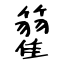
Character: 籊